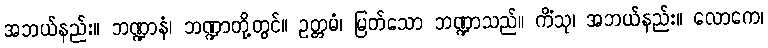
အဘယ်နည်း။ ဘဏ္ဍာနံ၊ ဘဏ္ဍာတို့တွင်။ ဥတ္တမံ၊ မြတ်သော ဘဏ္ဍာသည်။ ကိံသု၊ အဘယ်နည်း။ လောကေ၊